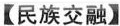
【民族交融】